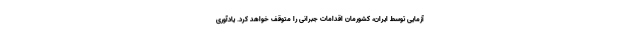
آزمایی توسط ایران، کشورمان اقدامات جبرانی را متوقف خواهد کرد. یادآوری